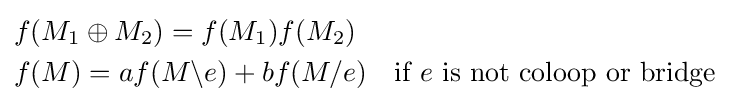
{\begin{aligned}&f(M_{1}\oplus M_{2})=f(M_{1})f(M_{2})\\&f(M)=af(M\backslash e)+bf(M/e)\ \ \ {\text{if }}e{\text{ is not coloop or bridge}}\end{aligned}}